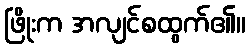
ဖြိုးက အလျင်စထွက်၏။